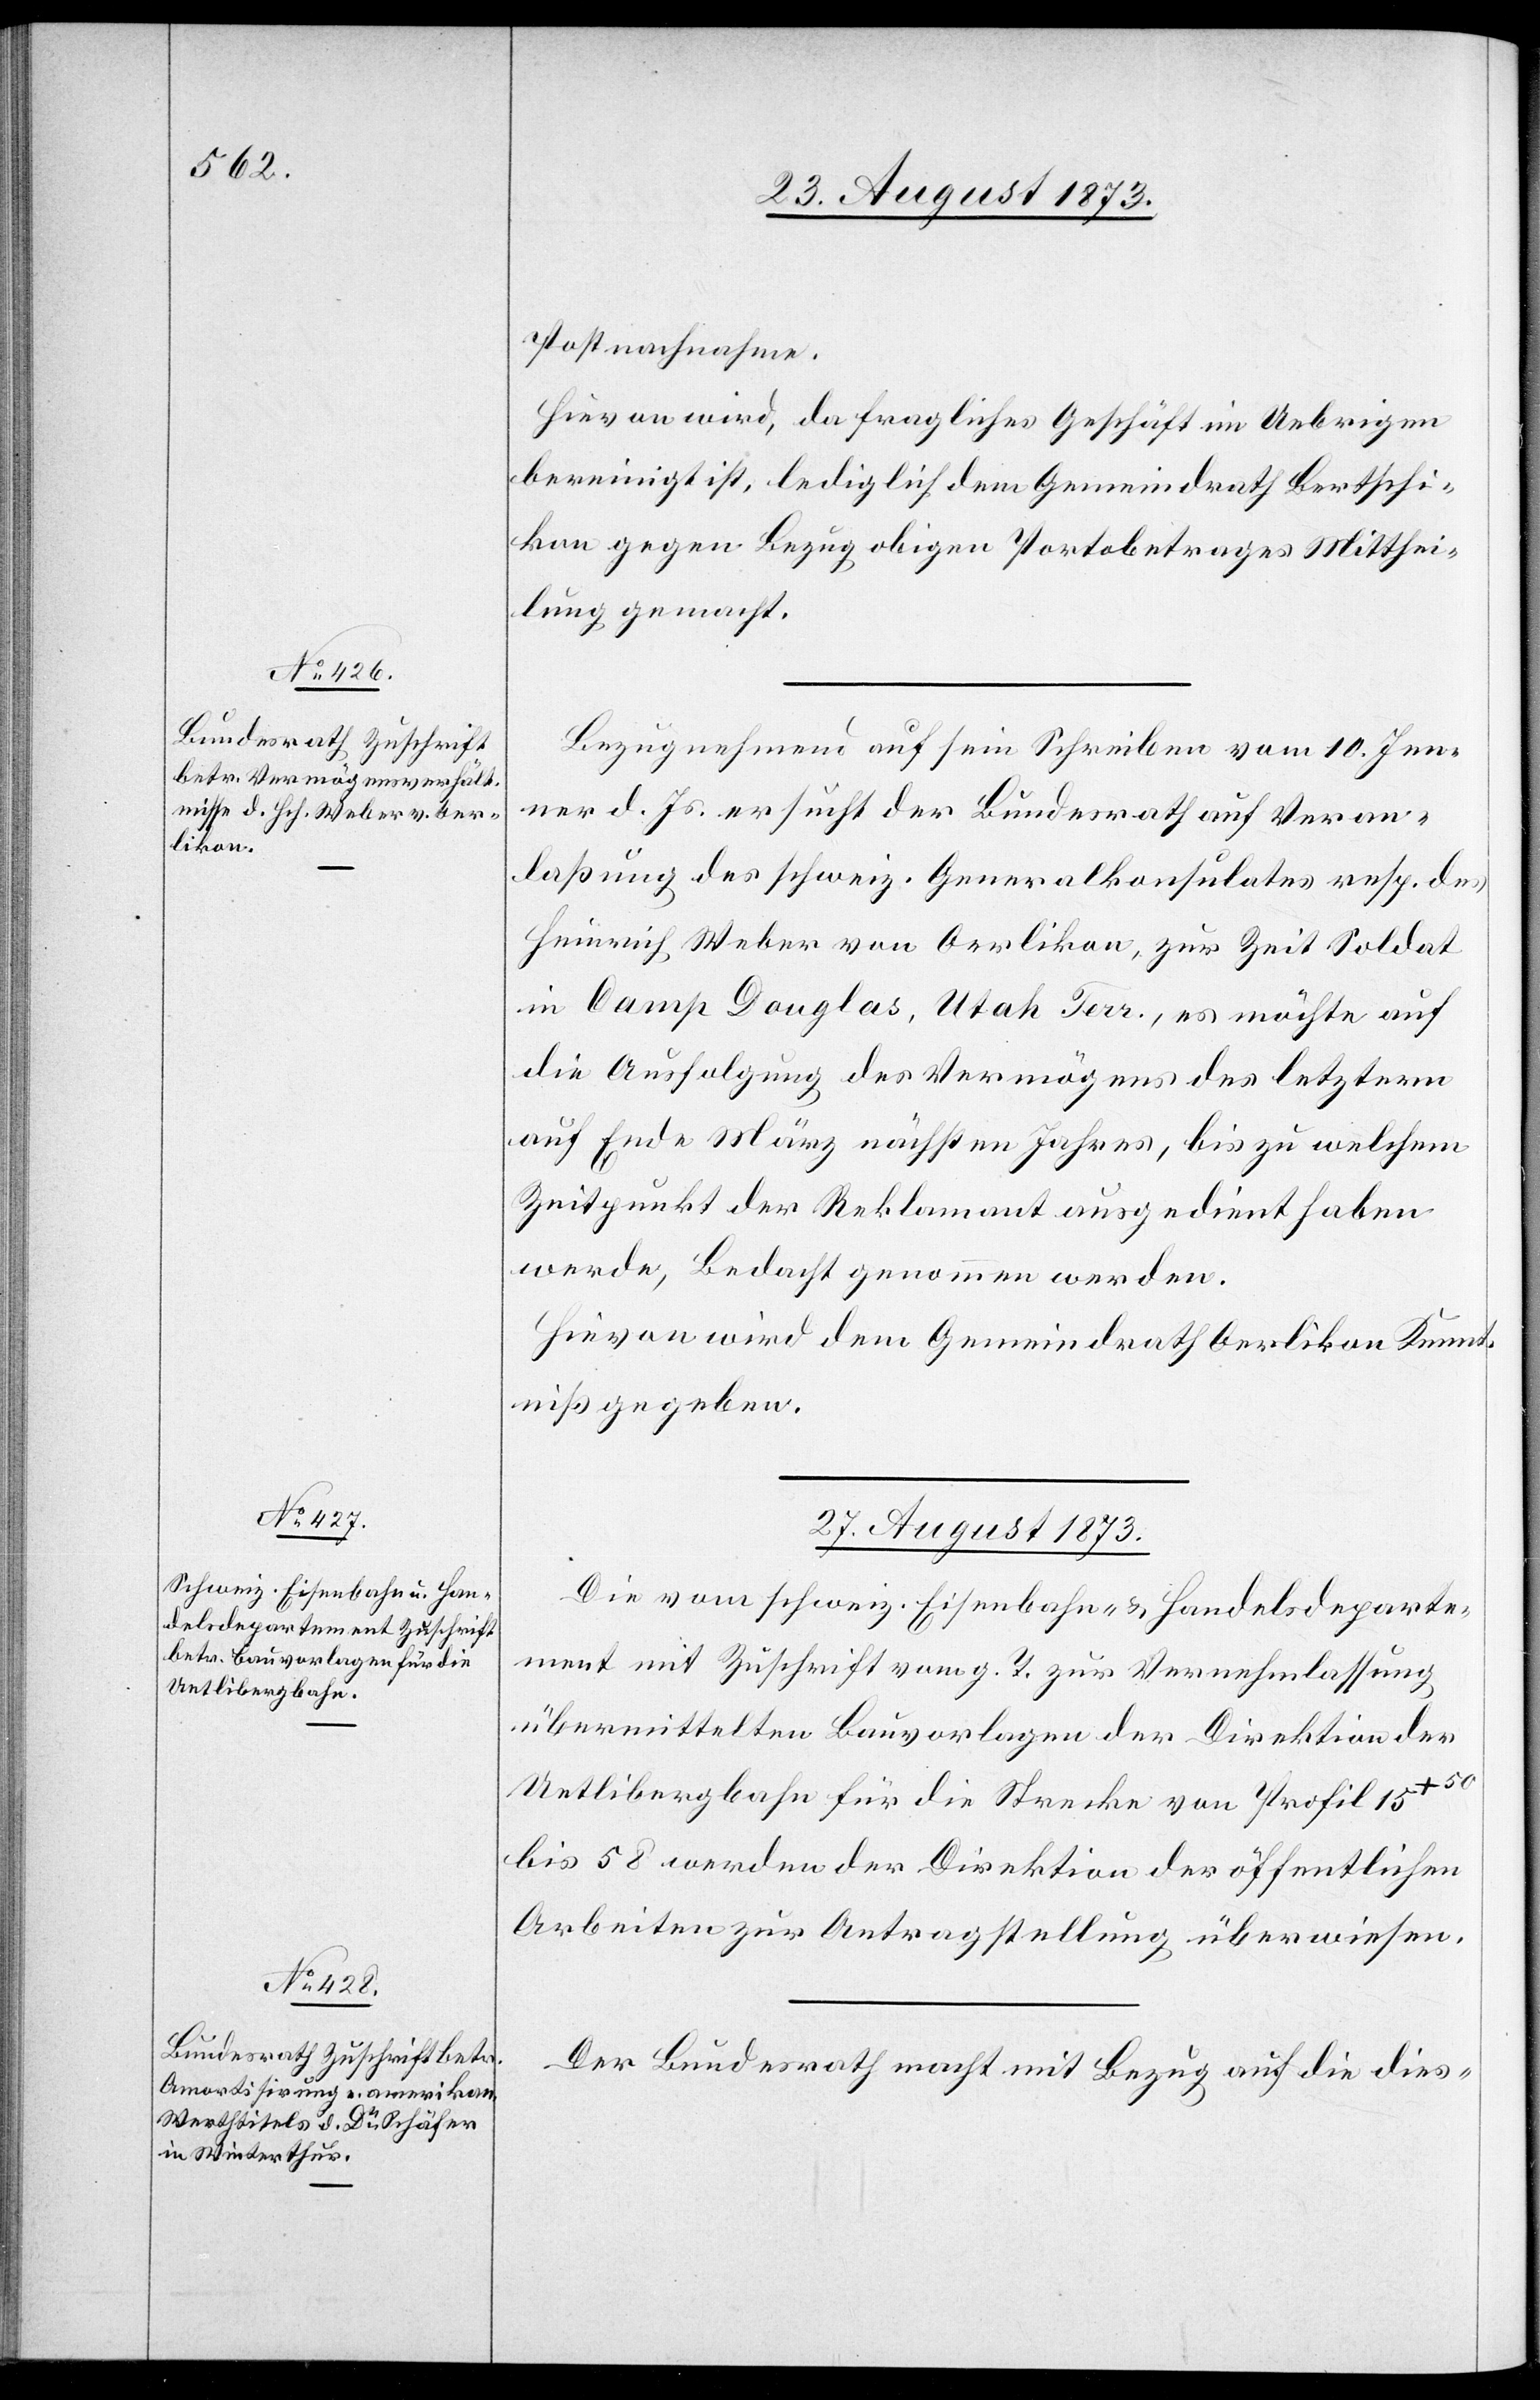
Postnachnahme.
Hievon wird, da fragliches Geschäft im Uebrigen
bereinigt ist, lediglich dem Gemeindrath Bertschi¬
kon gegen Bezug obigen Portobetrages Mitthei¬
lung gemacht.
Bezugnehmend auf sein Schreiben vom 10. Jen¬
ner d. Js. ersucht der Bundesrath auf Veran¬
laßung des schweiz. Generalkonsulates resp. des
Heinrich Weber von Oerlikon, zur Zeit Soldat
in Camp Douglas, Utah Terr., es möchte auf
die Ausfolgung des Vermögens des letztern
auf Ende März nächsten Jahres, bis zu welchem
Zeitpunkt der Reklamant ausgedient haben
werde, Bedacht genommen werden.
Hievon wird dem Gemeindrath Oerlikon Kennt¬
niß gegeben.
27. August 1873.]
Die vom schweiz. Eisenbahn- & Handelsdeparte¬
ment mit Zuschrift vom g. T. zur Vernehmlassung
übermittelten Bauvorlagen der Direktion der
Uetlibergbahn für die Strecke von Profil 15+50
bis 58 werden der Direktion der öffentlichen
Arbeiten zur Antragstellung überwiesen.
Der Bundesrath macht mit Bezug auf die dies-